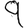
Digit: 9